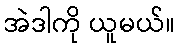
အဲဒါကို ယူမယ်။